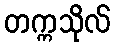
တက္ကသိုလ်